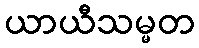
ယာယီသမ္မတ